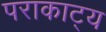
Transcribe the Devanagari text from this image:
पराकाट्य